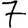
Digit: 7